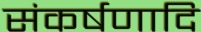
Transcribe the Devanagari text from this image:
संकर्षणादि